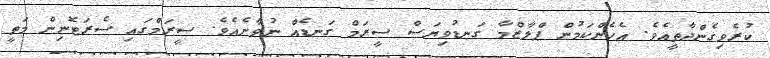
ކުރެވިގެންދާތީއެވެ. އެހެންކަމުން ޕްލާޒްމާ ގަނޑުވިޔަސް ސީރަމް ގަނޑެއް ނުވާނެއެވެ. ސީރަމްގައި ސެރަޓޮނިން މަތީ